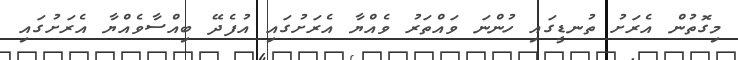
މިގޮތުން އެރަށު ތުނޑީގައި ހުންނަ ވައްތަރު ވެއްޔާ އެރަށުގައި އުފެދޭ ބިއްސާވެއްޔާ އެރަށުގައި